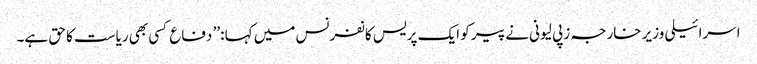
اسرائیلی وزیر خارجہ زپی لیونی نے پیر کو ایک پریس کانفرنس میں کہا :’’ دفاع کسی بھی ریاست کا حق ہے۔